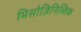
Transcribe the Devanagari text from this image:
मिसोज़िनिस्तिक